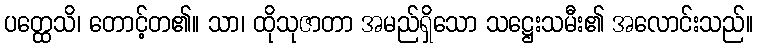
ပတ္ထေသိ၊ တောင့်တ၏။ သာ၊ ထိုသုဇာတာ အမည်ရှိသော သဋ္ဌေးသမီး၏ အလောင်းသည်။